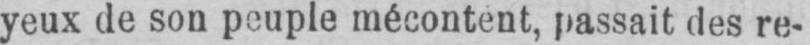
yeux de son peuple mécontent, passait des re-